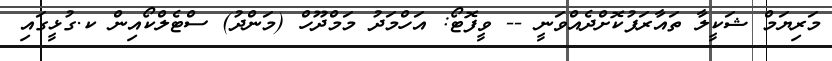
މަރިޔަމް ޝަކީލާ ތައާރަފުކޮށްދެއްވަނީ -- ވީފޮޓޯ: އަހްމަދު މަމްދޫހް (މަންދު) ސްޓެލްކޯއިން ކ.ގުޅީގައި